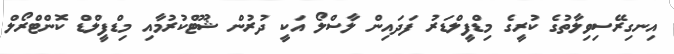
އިނގިރޭސިވިލާތުގެ ކުރީގެ މިޑްފީލްޑަރު ފަދައިން ލާސްލޯ އަކީ ދުރުން ޝޫޓްކުރުމާއި މިޑްފީލްޑް ކޮންޓްރޯލް